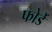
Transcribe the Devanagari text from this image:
फोर्डे